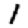
Digit: 1